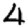
Digit: 4